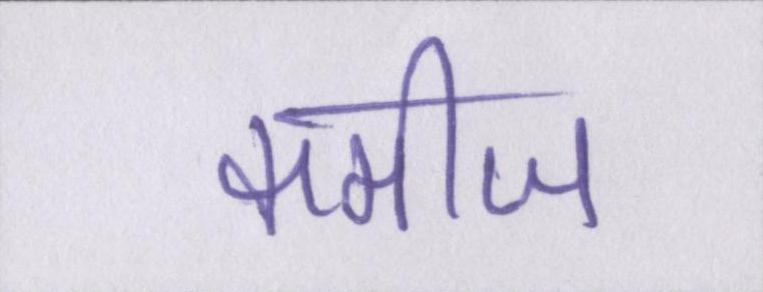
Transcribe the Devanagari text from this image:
कमीज